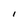
Character: I